Plague in India, 1896, 1897 - Volume 3
Year: 1896
Disease focus: Plague
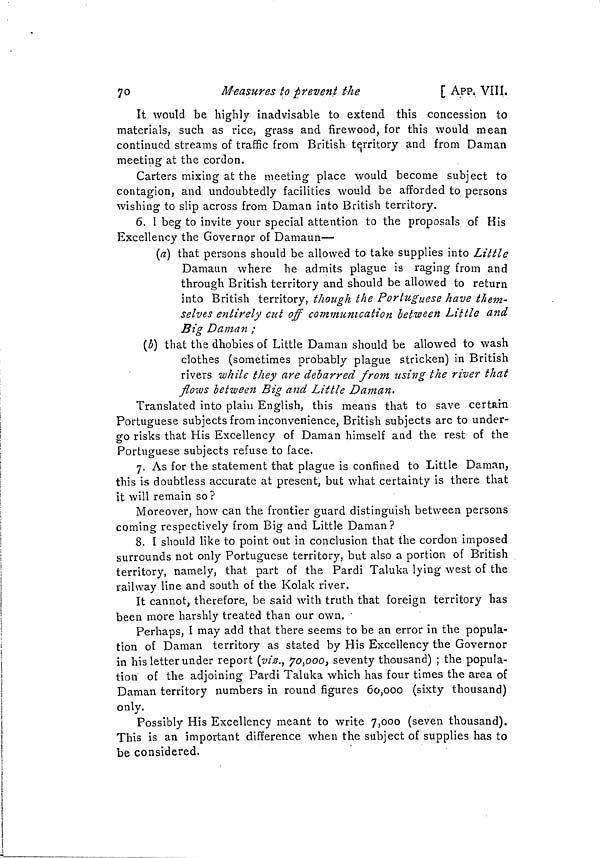
70
Measures to prevent t-he
[ APP. VIII.
It would be highly inadvisable to extend this concession to
materials, such as rice, grass and firewood, for this would mean
continued streams of traffic from British territory and from Daman
meeting at the cordon.
Carters mixing at the meeting place would become subject to
contagion, and undoubtedly facilities would be afforded to persons
wishing to slip across from Daman into British territory.
6. I beg to invite your special attention to the proposals of His
Excellency the Governor of Damaun—
(a] that persons should be allowed to take supplies into Little
Damaun where he admits plague is raging from and
through British territory and should be allowed to return
into British territory, though the Portuguese have them-
selves entirely cut off communication between Little and
Big Daman ;
(3) that the dhobies of Little Daman should be allowed to wash
clothes (sometimes probably plague stricken) in British
rivers while they are debarred from using the river that
flows between Big and Little Daman.
Translated into plain English, this means that to save certain
Portuguese subjects from inconvenience, British subjects are to under-
go risks that His Excellency of Daman himself and the rest of the
Portuguese subjects refuse to face.
7. As for the statement that plague is confined to Little Daman,
this is doubtless accurate at present, but what certainty is there that
it will remain so?
Moreover, how can the frontier guard distinguish between persons
coming respectively from Big and Little Daman?
8. I should like to point out in conclusion that the cordon imposed
surrounds not only Portuguese territory, but also a portion of British
territory, namely, that part of the Pardi Taluka lying west of the
railway line and south of the Kolak river.
It cannot, therefore, be said with truth that foreign territory has
been more harshly treated than our own. •
Perhaps, I may add that there seems to be an error in the popula-
tion of Daman territory as stated by His Excellency the Governor
in his letter under report (vis., 70,000, seventy thousand) ; the popula-
tion of the adjoining Pardi Taluka which has four times the area of
Daman territory numbers in round figures 60,000 (sixty thousand)
only.
Possibly His Excellency meant to write 7,000 (seven thousand).
This is an important difference when the subject of supplies has to
be considered.